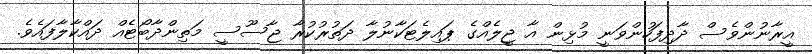
އީރާނުންވެސް ދާދިފަހުންވަނީ މުޅިން އާ ޖީލެއްގެ ޕައިލެޓަކާނުލާ ދަތުރުކުރާ ޖާސޫސީ މަތިންދާބޯޓެއް ދައްކާލާފައެވެ.